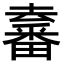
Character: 𤳛